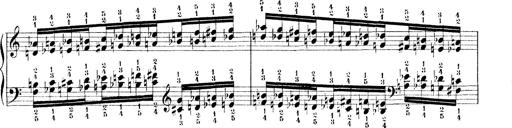
Title: Technische Studien
Composer: Franz Liszt